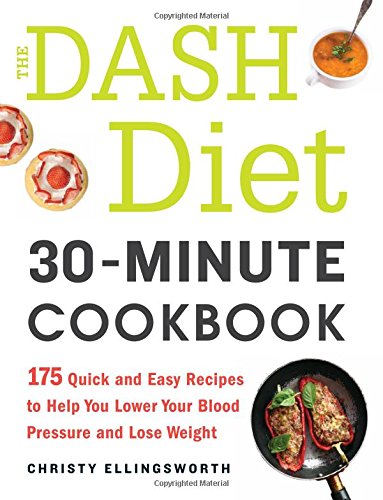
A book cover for The DASH Diet 30-Minute Cookbook: 175 Quick and Easy Recipes to Help You Lower Your Blood Pressure and Lose Weight; Christy Ellingsworth; Cookbooks, Food & Wine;